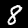
Label: 8